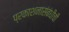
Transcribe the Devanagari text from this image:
प्रकाशनासंबंधीची